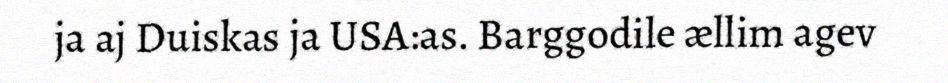
ja aj Duiskas ja USA:as. Barggodile ællim agev